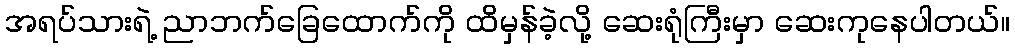
အရပ်သားရဲ့ ညာဘက်ခြေထောက်ကို ထိမှန်ခဲ့လို့ ဆေးရုံကြီးမှာ ဆေးကုနေပါတယ်။